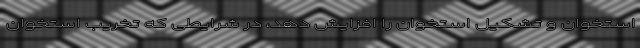
استخوان و تشکیل استخوان را افزایش دهد، در شرایطی که تخریب استخوان